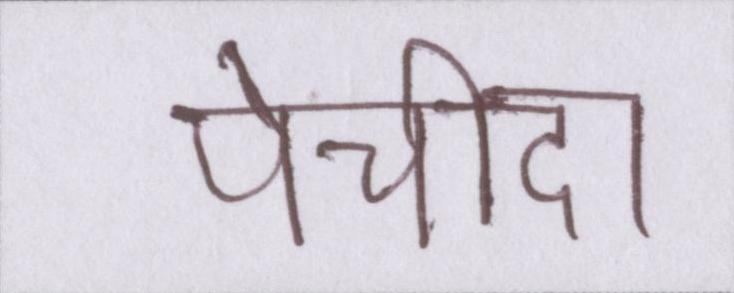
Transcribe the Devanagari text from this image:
पेचीदा